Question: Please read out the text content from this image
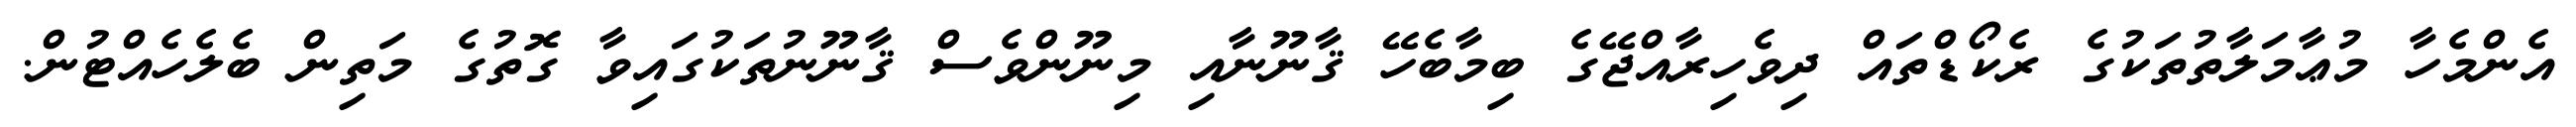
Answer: އެންމެހާ މުޢާމަލާތުތަކުގެ ރެކޯޑްތައް ދިވެހިރާއްޖޭގެ ބިމާބެހޭ ޤާނޫނާއި މިނޫންވެސް ޤާނޫނުތަކުގައިވާ ގޮތުގެ މަތިން ބެލެހެއްޓުން.